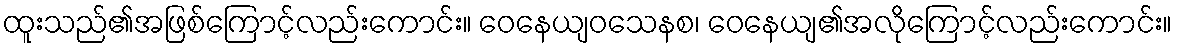
ထူးသည်၏အဖြစ်ကြောင့်လည်းကောင်း။ ဝေနေယျဝသေနစ၊ ဝေနေယျ၏အလိုကြောင့်လည်းကောင်း။